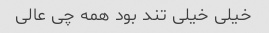
خیلی خیلی تند بود همه چی عالی